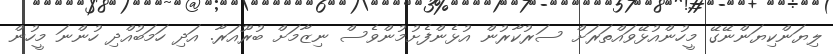
ލިޔަންކިޔަންނޭގޭ މީހުންއުޅޭވައްތަރަށް ސަރުކާރުން އުޅެންފެށުމުންވެސް ނިޒާމަށް ބުރޫއަރާ. އަދި ހަމަބުއްދި ހުންނަ މީހުން